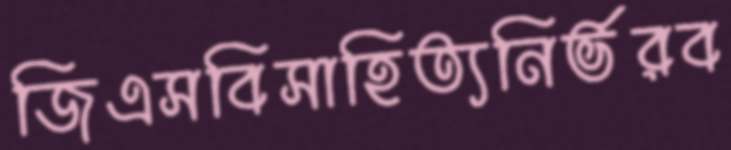
জিএসবিসাহিত্যনির্ভরব